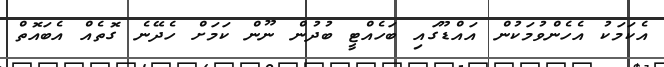
އެކަމަކު އެހެންވުމަކުން އައްޑޫގައި ބަހެއްޓީ ބުދުން ނޫން ކަމަށް ހެދޭނެ ގޮތެއް އެބައޮތް